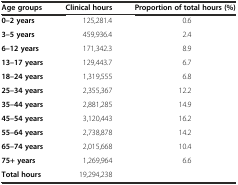
<table><thead><tr><td><b>Age groups</b></td><td><b>Clinical hours</b></td><td><b>Proportion of total hours (%)</b></td></tr></thead><tbody><tr><td><b>0–2 years</b></td><td>125,281.4</td><td>0.6</td></tr><tr><td><b>3–5 years</b></td><td>459,936.4</td><td>2.4</td></tr><tr><td><b>6–12 years</b></td><td>171,342.3</td><td>8.9</td></tr><tr><td><b>13–17 years</b></td><td>129,443.7</td><td>6.7</td></tr><tr><td><b>18–24 years</b></td><td>1,319,555</td><td>6.8</td></tr><tr><td><b>25–34 years</b></td><td>2,355,367</td><td>12.2</td></tr><tr><td><b>35–44 years</b></td><td>2,881,285</td><td>14.9</td></tr><tr><td><b>45–54 years</b></td><td>3,120,443</td><td>16.2</td></tr><tr><td><b>55–64 years</b></td><td>2,738,878</td><td>14.2</td></tr><tr><td><b>65–74 years</b></td><td>2,015,668</td><td>10.4</td></tr><tr><td><b>75+ years</b></td><td>1,269,964</td><td>6.6</td></tr><tr><td><b>Total hours</b></td><td>19,294,238</td><td></td></tr></tbody></table>